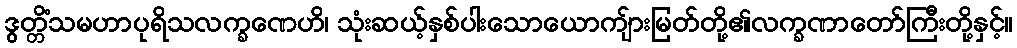
ဒွတ္တိံသမဟာပုရိသလက္ခဏေဟိ၊ သုံးဆယ့်နှစ်ပါးသောယောကျ်ားမြတ်တို့၏လက္ခဏာတော်ကြီးတို့နှင့်။